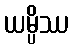
ယမ္ပိဿ